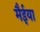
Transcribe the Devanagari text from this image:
मैईया